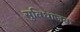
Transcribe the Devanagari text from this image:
सुविधाजक